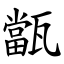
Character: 㽆